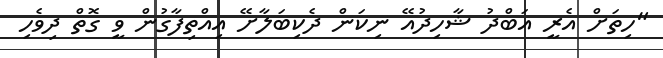
"ހިތަށް އެރީ އަބްދު ޝާހިދުއޭ ނިކަން ދެކިބަލާށޭ އިއްތިފާގުން ވީ ގޮތް ދިވެހި